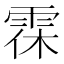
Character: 𩂯